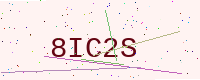
Text: 8IC2S